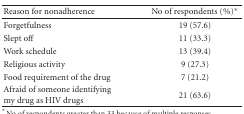
| Reason for nonadherence | No of respondents (%)* |
 | --- | --- |
 | Forgetfulness | 19 (57.6) |
 | Slept off | 11 (33.3) |
 | Work schedule | 13 (39.4) |
 | Religious activity | 9 (27.3) |
 | Food requirement of the drug | 7 (21.2) |
 | Afraid of someone identifying my drug as HIV drugs | 21 (63.6) |